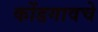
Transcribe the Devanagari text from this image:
कोंडगावचे